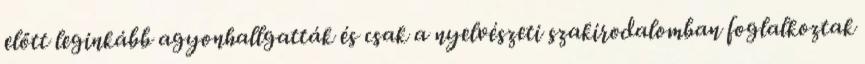
előtt leginkább agyonhallgatták és csak a nyelvészeti szakirodalomban foglalkoztak